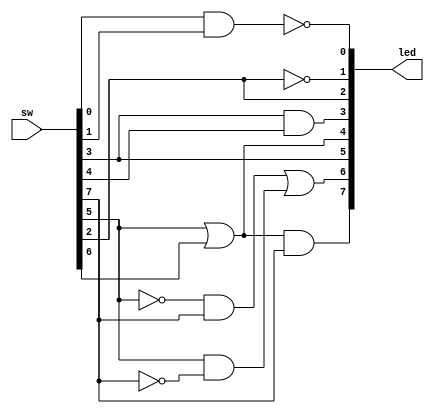
`timescale 1ns / 1ps
//////////////////////////////////////////////////////////////////////////////////
// Company: 
// Engineer: 
// 
// Design Name: 
// Module Name: combiCkt
// Project Name: 
// Target Devices: 
// Tool Versions: 
// Description: 
// 
// Dependencies: 
// 
// Revision:
// Revision 0.01 - File Created
// Additional Comments:
// 
//////////////////////////////////////////////////////////////////////////////////


module combiCkt(
    input [7:0] sw,
    output [7:0] led
    );
    
    assign led[0] = ~(sw[0] & sw[1]);
    assign led[1] = ~sw[2];
    assign led[2] = sw[2];
    assign led[3] = sw[3] & sw[4];
    assign led[4] = sw[5] | sw[6];
    assign led[5] = sw[3];
    assign led[6] = ((~sw[5])&sw[7]) | (sw[5]&(~sw[7]));
    assign led[7] = led[4] & sw[7];

endmodule